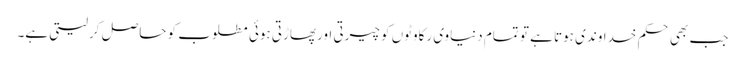
جب بھی حکم خداوندی ہوتا ہے تو تمام دنیاوی رکاوٹوں کو چیرتی اورپھاڑتی ہوئی مطلوب کو حاصل کرلیتی ہے۔